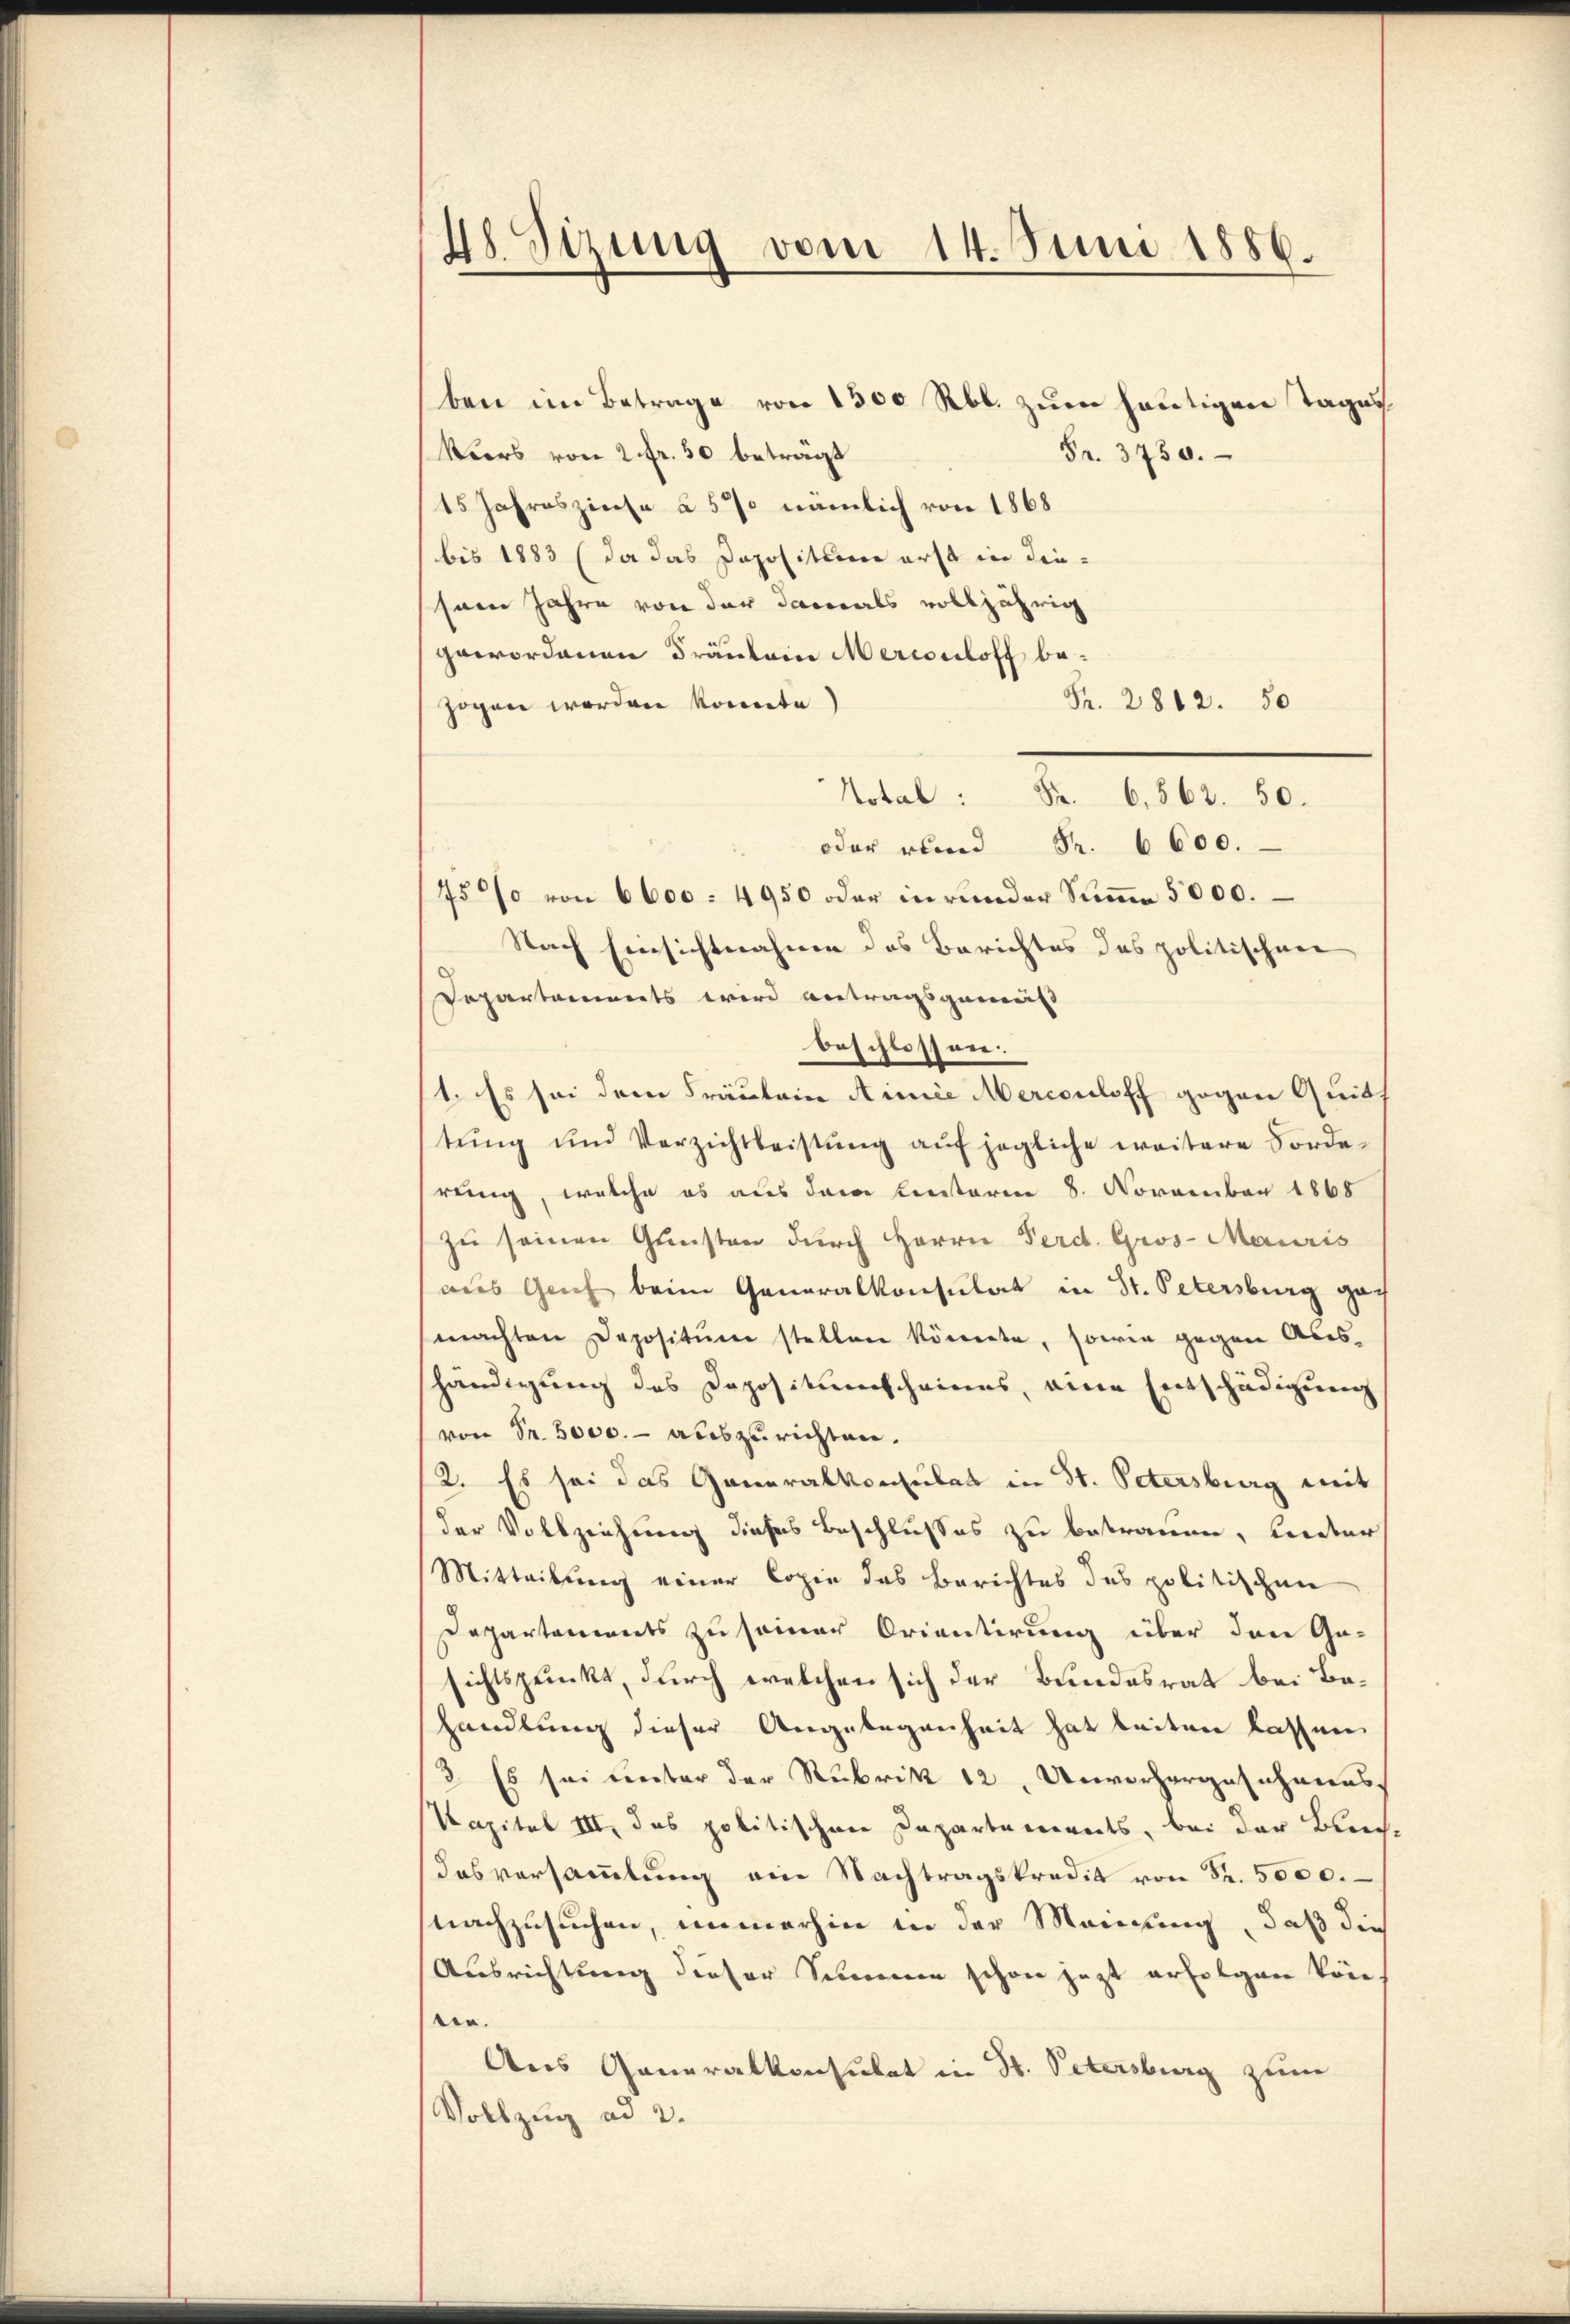
48. Sizung vom 14. Juni 1886.

ben im Betrage von 1300 Rbl. zum heutigen Tages
Wiers von 2 fr. 50 betragt
Fr. 3750.
15 Jahreszinse à 5 % nämlich von 1868
bis 1883 (da das Depositum erst in diesem Jahre von der damals volljährig
gewordenen Fräulein Mercouloff be¬
Fr. 2812. 50
zogen worden konnte
Notal: S. 6,562. 50.
oda
7500 von 6000. 4950 oder inrunder Stiṁe 5000.
Nach Einsichtnahme des Berichtes des politischen
Departamts wird antragsgemäß
beschlossen.
1. Es sei dem Fräulein Ainie Mercouloff gegen Quit
tŭng und Verzichtleistŭng aŭf jegliche weitere Forde-
reng, welche es aus dem Lectoren 8. November 1868
zu seinen Gunsten durch Herrn Ferd. Gros-Mauris
aus Geich beim Generalkonsulat in St. Petersburg gemachten Deposituere stellen könnte, sowie gegen Abes-
shändigung des Dopositumscheines, eine Entschädigung
von Fr. 5000.- auszurichten.
2. Es sei das Generalkonsulat in St. Petersburg mit
der Vollziehung dieses Beschlusses zu betrauen, Lieder
Mitteilung einer Copie des Berichtes des politischen
Departements zu seiner Orientirung über den Ge-
sichtspunkt, durch welchen sich der Bundesrat bei Bahandlung dieser Angelegenheit hat beiten lassen
2. Es sei unter der Rubrik 12 Unvorhergeschanns
Kapital III, das politischen Departements, bei der Blech¬
Das versaṁlŭng ein Nachtragskredit von Fr. 5000.
nachzusuchen, immerhin in der Meinung, daß dies
Ausrichtung dieser Simmen schon jezt erfolgen könn
ter.
Aus Generalkonsulat in St. Petersburg zum
Vollzug ad 2.